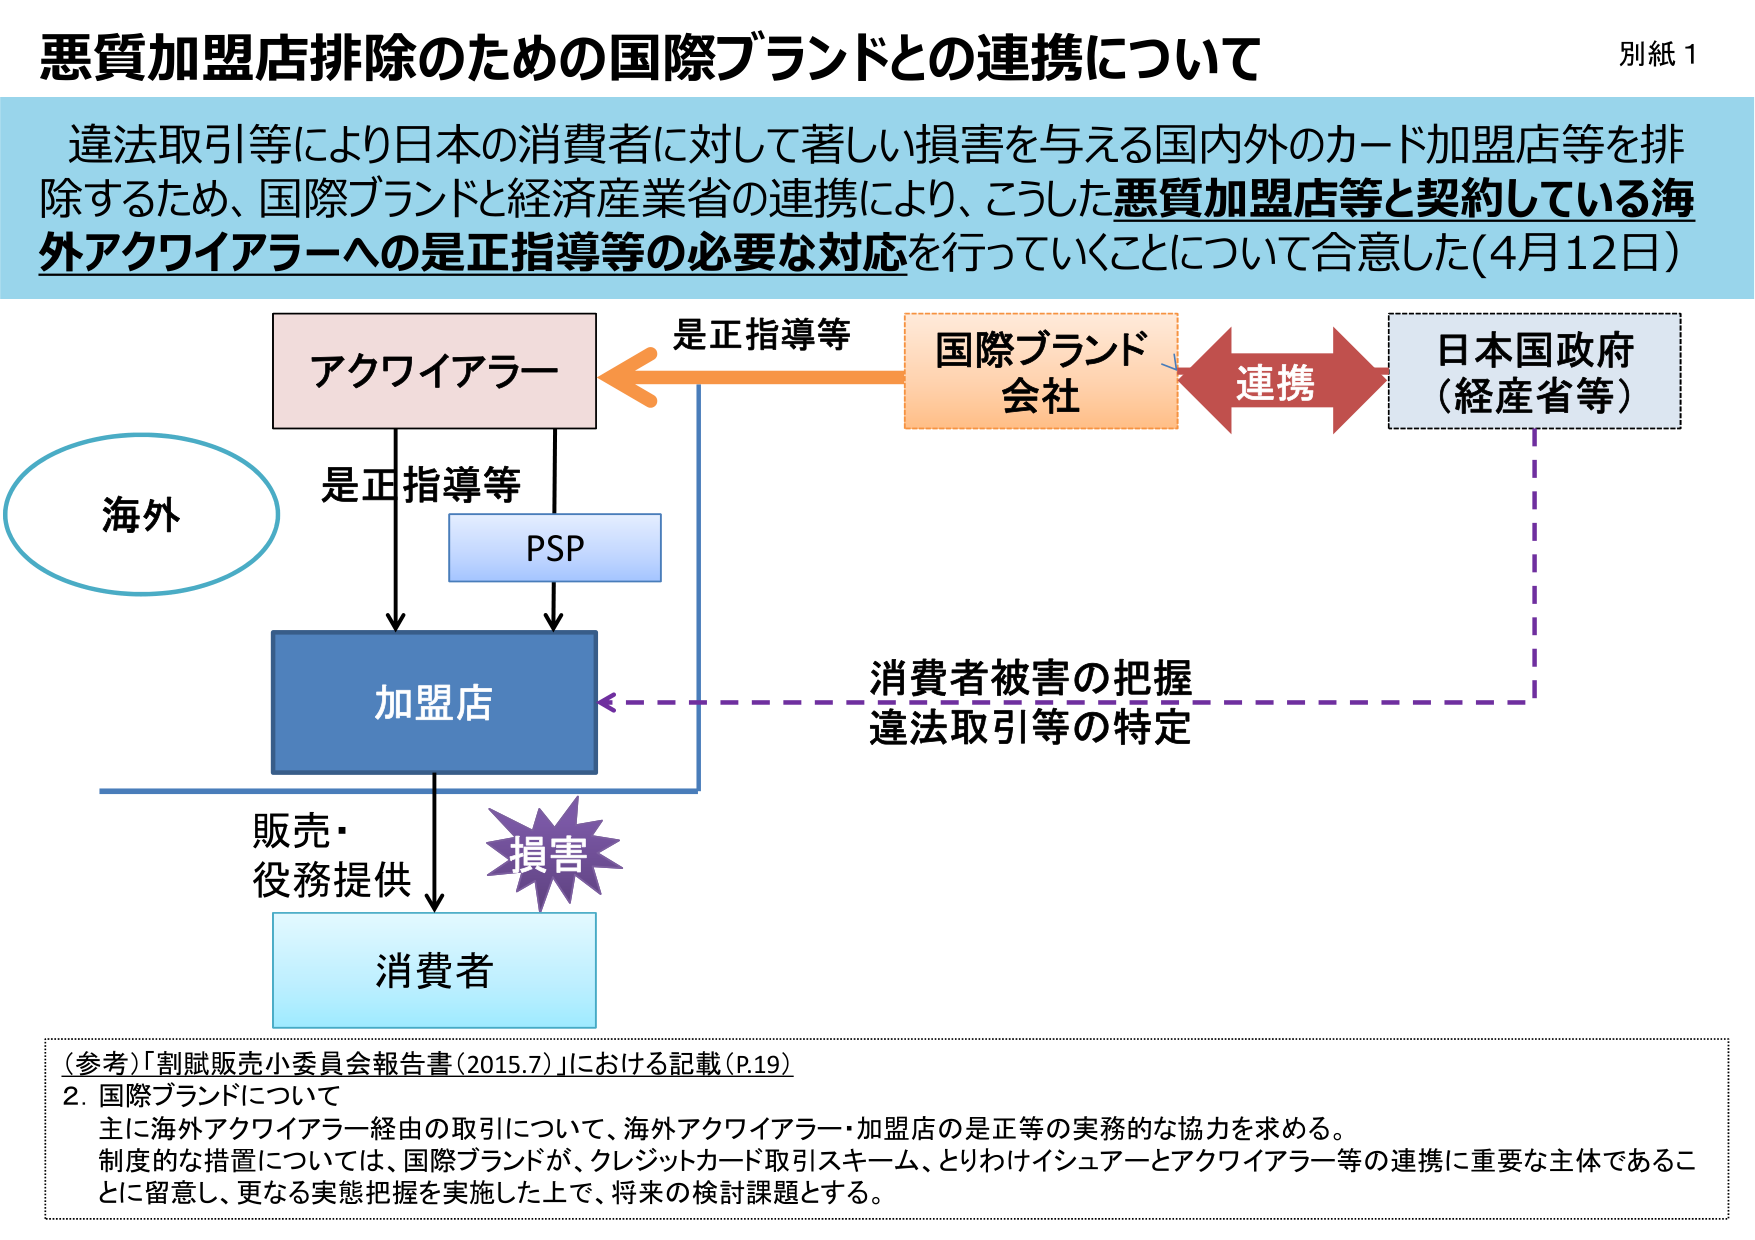
悪質加盟店排除のための国際ブランドとの連携について
別紙１

違法取引等により日本の消費者に対して著しい損害を与える国内外のカード加盟店等を排除するため、国際ブランドと経済産業省の連携により、こうした悪質加盟店等と契約している海外アクワイアラーへの是正指導等の必要な対応を行っていくことについて合意した（4月12日）

アクワイアラー
是正指導等
PSP
加盟店
販売・役務提供
消費者
損害
海外
国際ブランド会社
連携
日本国政府（経産省等）
消費者被害の把握
違法取引等の特定

（参考）「割賦販売小委員会報告書（2015.7）」における記載（P.19）
2. 国際ブランドについて
主に海外アクワイアラー経由の取引について、海外アクワイアラー・加盟店の是正等の実務的な協力を求める。
制度的な措置については、国際ブランドが、クレジットカード取引スキーム、とりわけイシュアーとアクワイアラー等の連携に重要な主体であることとに留意し、更なる実態把握を実施した上で、将来の検討課題とする。